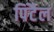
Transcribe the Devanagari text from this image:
पिंटैल